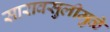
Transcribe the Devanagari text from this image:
सारावसुलीमुळे